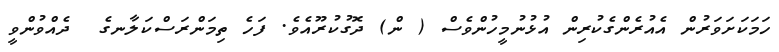
ހަމަކަށަވަރުން އެއުރެންގެކުރިން އުޅުނުމީހުންވެސް ( ން) ދޮގުކުރޫއެވެ. ފަހެ ތިމަންރަސްކަލާނގެ  ދެއްވުންވީ